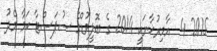
2015 4  އާމިރުޚާނަކީ 2014 ގެ ބޮލީވުޑްގެ ސުޕަސްޓާ ކަމާ މެދު